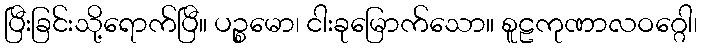
ပြီးခြင်းသို့ရောက်ပြီ။ ပဉ္စမော၊ ငါးခုမြောက်သော။ စူဠကုဏာလဝဂ္ဂေါ၊